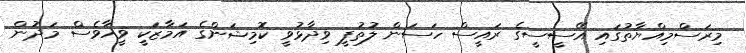
މިރަސްމިއްޔާތުގައި އޭސީސީގެ ރައީސް ހަސަން ލުތުފީ ވިދާޅުވީ ކޮމިޝަންގެ އަމާޒަކީ ވީހާވެސް މަދުން